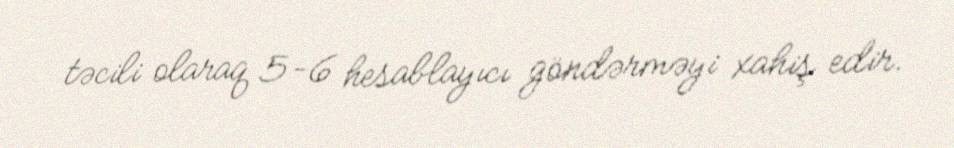
təcili olaraq 5-6 hesablayıcı göndərməyi xahiş edir.